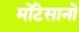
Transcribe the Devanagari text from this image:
मोंटेसानो